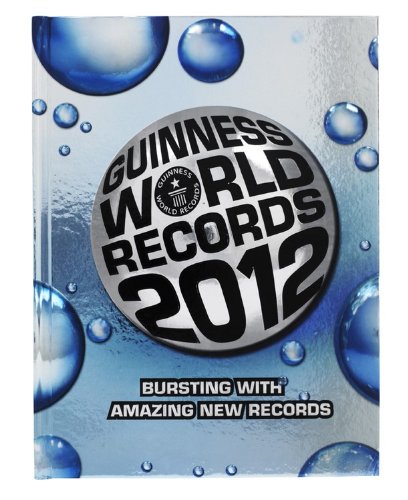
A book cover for Guinness World Records 2012; Guinness World Records; Reference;